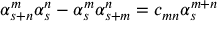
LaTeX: \alpha _ { s + n } ^ { m } \alpha _ { s } ^ { n } - \alpha _ { s } ^ { m } \alpha _ { s + m } ^ { n } = c _ { m n } \alpha _ { s } ^ { m + n }